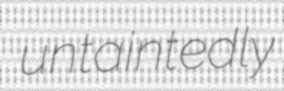
untaintedly